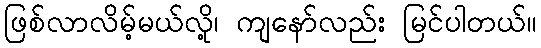
ဖြစ်လာလိမ့်မယ်လို့၊ ကျနော်လည်း မြင်ပါတယ်။